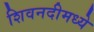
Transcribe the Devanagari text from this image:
शिवनदीमध्ये